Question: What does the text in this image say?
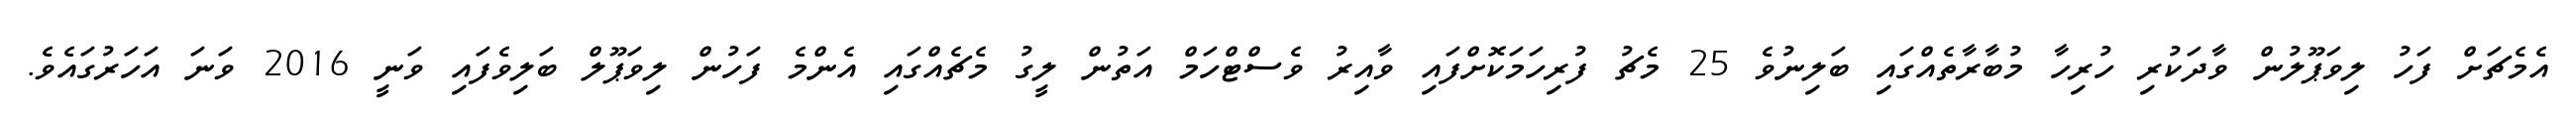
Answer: އެމެޗަށް ފަހު ލިވަޕޫލުން ވާދަކުރި ހުރިހާ މުބާރާތެއްގައި ބަލިނުވެ 25 މެޗު ފުރިހަމަކޮށްފައި ވާއިރު ވެސްޓްހަމް އަތުން ލީގު މެޗެއްގައި އެންމެ ފަހުން ލިވަޕޫލް ބަލިވެފައި ވަނީ 2016 ވަނަ އަހަރުގައެވެ.